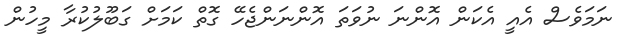
ނަމަވެސް އެއީ އެކަން އޮންނަ ނުވަތަ އޮންނަންޖެހޭ ގޮތް ކަމަށް ގަބޫލުކުރާ މީހުން